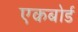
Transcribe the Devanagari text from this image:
एकबोर्ड